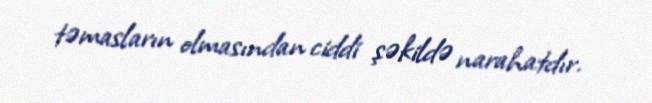
təmasların olmasından ciddi şəkildə narahatdır.